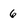
Character: 6